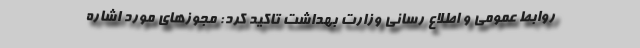
روابط عمومی و اطلاع رسانی وزارت بهداشت تاکید کرد: مجوزهای مورد اشاره